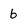
Character: b